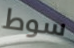
سوط